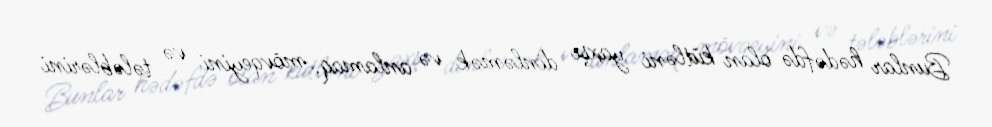
Bunlar hədəfdə olan kütləni yaxşı dinləmək və anlamaq, mövqeyini və tələblərini